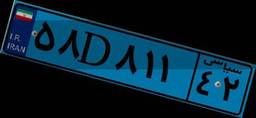
۵۶D۱۰۶۴۸